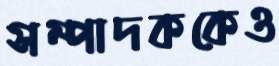
সম্পাদককেও